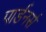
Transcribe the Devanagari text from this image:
पार्डनर्स